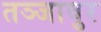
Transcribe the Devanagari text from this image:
तञ्जावुर